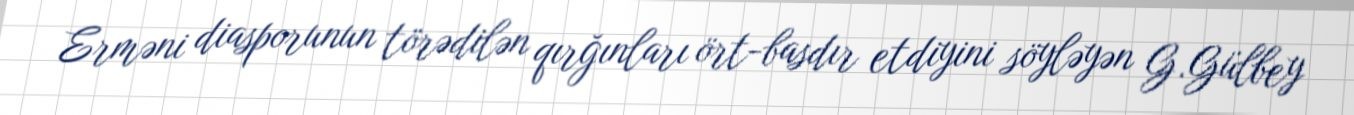
Erməni diasporunun törədilən qırğınları ört-basdır etdiyini söyləyən G.Gülbey